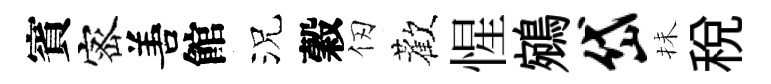
賓宻𠵊館況穀仞歡惺鵷岱抺税